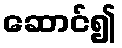
ဆောင်၍